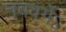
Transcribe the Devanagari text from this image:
नववर्गेऽ